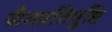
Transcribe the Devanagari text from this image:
जैवप्रतिपुष्टि